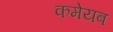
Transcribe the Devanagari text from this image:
कमेयब